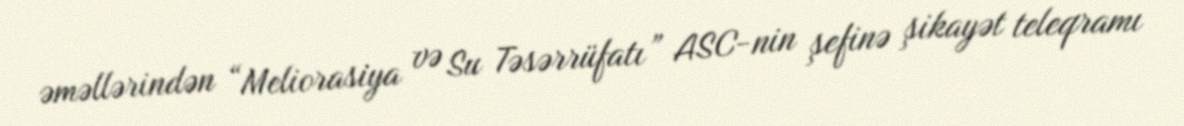
əməllərindən “Meliorasiya və Su Təsərrüfatı” ASC-nin şefinə şikayət teleqramı